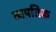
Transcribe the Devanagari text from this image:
व्यपतिक